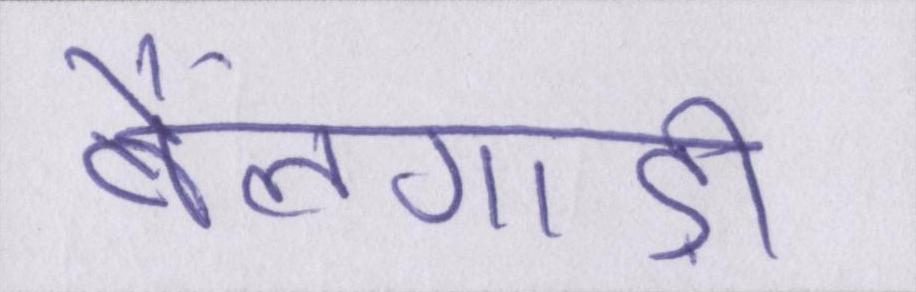
बैलगाड़ी